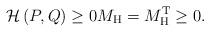
LaTeX: \begin{align*}\mathcal{H}\left( P,Q\right) \geq0M_{\mathrm{H}}=M_{\mathrm{H}}^{\mathrm{T}}\geq0. \end{align*}